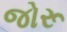
જોરૂ